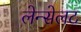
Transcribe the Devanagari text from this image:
लेन्सेलट